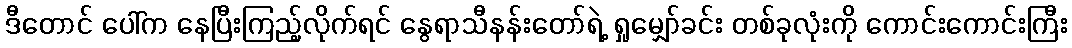
ဒီတောင် ပေါ်က နေပြီးကြည့်လိုက်ရင် နွေရာသီနန်းတော်ရဲ့ ရှုမျှော်ခင်း တစ်ခုလုံးကို ကောင်းကောင်းကြီး